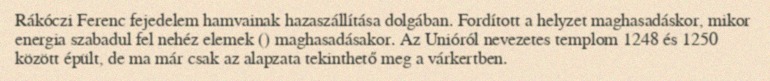
Rákóczi Ferenc fejedelem hamvainak hazaszállítása dolgában. Fordított a helyzet maghasadáskor, mikor energia szabadul fel nehéz elemek () maghasadásakor. Az Unióról nevezetes templom 1248 és 1250 között épült, de ma már csak az alapzata tekinthető meg a várkertben.